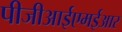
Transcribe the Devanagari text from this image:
पीजीआईएमईआर